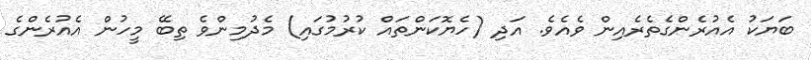
ބަޔަކު އެއުރެންގެތެރެއިން ވެއެވެ. އަދި (ހެޔޮކަންތައް ކުރުމުގައި) މެދުމިންވެ ތިބޭ މީހުން އެއުރެންގެ